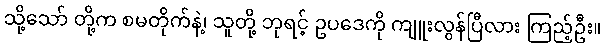
သို့သော် တို့က စမတိုက်နဲ့၊ သူတို့ ဘုရင့် ဥပဒေကို ကျူးလွန်ပြီလား ကြည့်ဦး။